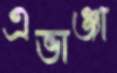
এভাঞ্জা